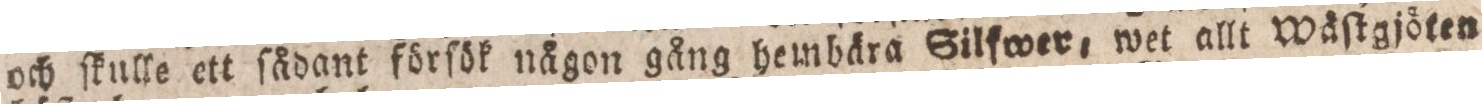
och ſkulle ett ſådant förſök någon gång hembära Silfwer, wet allt Wäſtgjöten